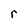
Character: r